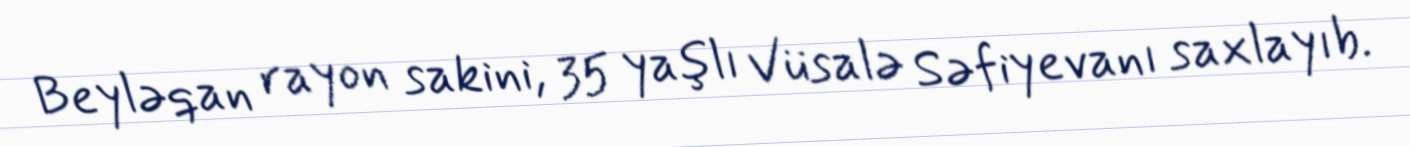
Beyləqan rayon sakini, 35 yaşlı Vüsalə Səfiyevanı saxlayıb.